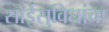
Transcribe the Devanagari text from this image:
सोईसुविधांचा